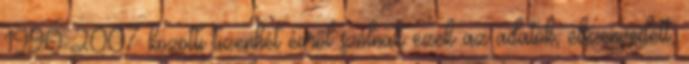
1990-2007 közötti tizenhét évről szólnak ezek az adatok, elszenvedett,